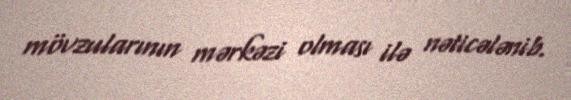
mövzularının mərkəzi olması ilə nəticələnib.